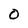
Character: 0